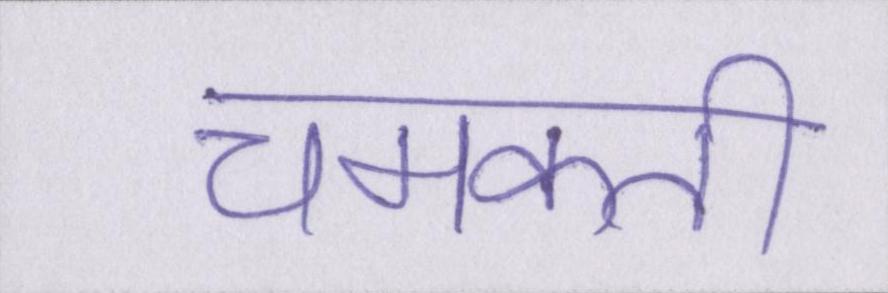
चमकती